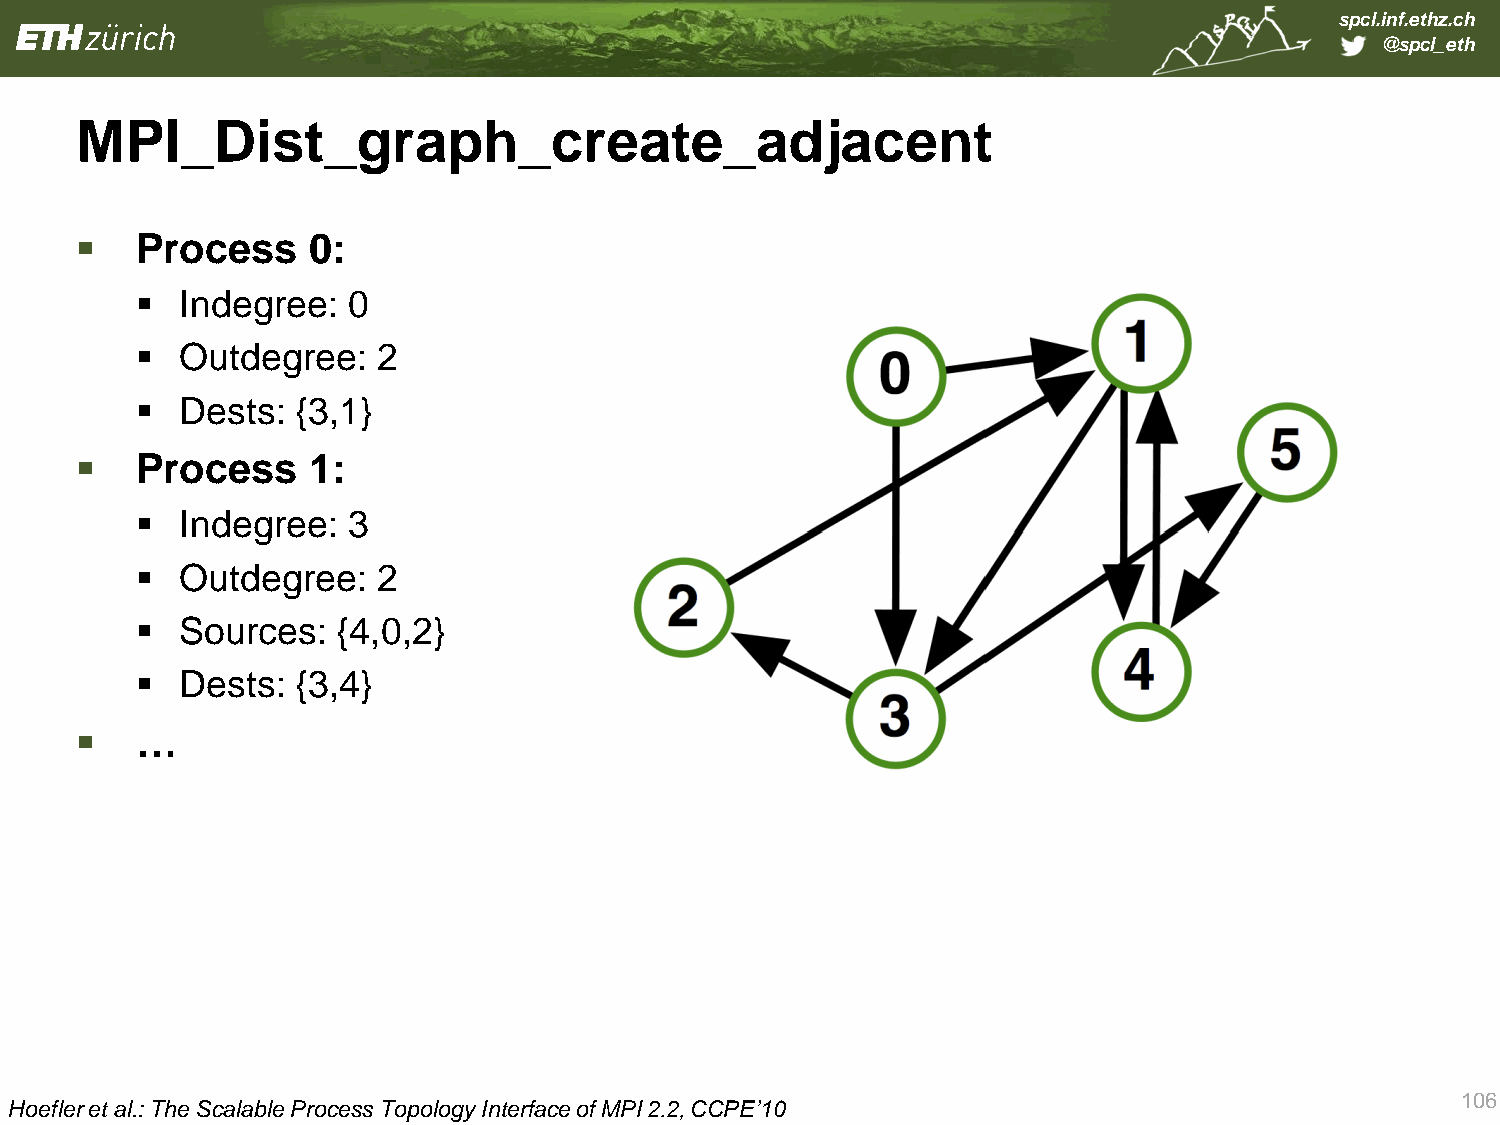
spcl.inf.ethz.ch
 @spcl_eth
 MPI_Dist_graph_create_adjacent
    Process    0:
   Indegree:  0
   Outdegree:   2
   Dests:  {3,1}
    Process    1:
   Indegree:  3
   Outdegree:   2
   Sources:  {4,0,2}
   Dests:  {3,4}
    …
 106
 Hoefler et al.: The Scalable Process Topology Interface of MPI 2.2, CCPE’10